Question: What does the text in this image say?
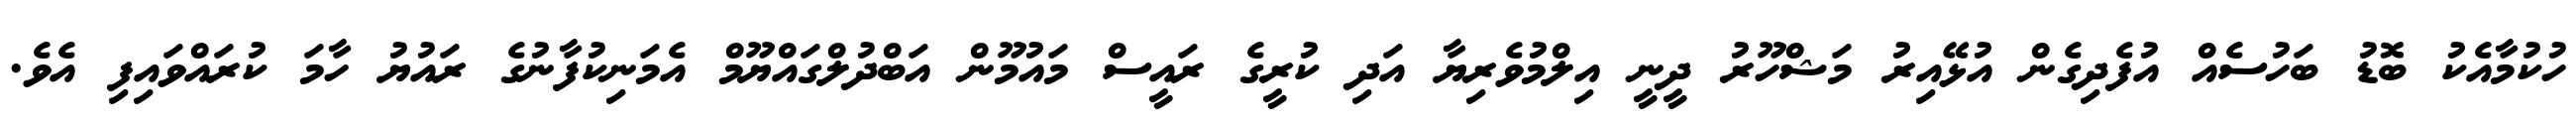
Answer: ހުކުމާއެކު ބޮޑު ބަހުސެއް އުފެދިގެން އުޅޭއިރު މަޝްހޫރު ދީނީ އިލްމުވެރިޔާ އަދި ކުރީގެ ރައީސް މައުމޫން އަބްދުލްގައްޔޫމް އެމަނިކުފާނުގެ ރައުޔު ހާމަ ކުރައްވައިފި އެވެ.